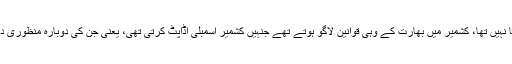
پہلے ایسا نہیں تھا، کشمیر میں بھارت کے وہی قوانین لاگو ہوتے تھے جنہیں کشمیر اسمبلی اڈاپٹ کرتی تھی، یعنی جن کی دوبارہ منظوری دیتی تھی۔